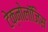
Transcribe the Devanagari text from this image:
टेक्नोलॉजिस